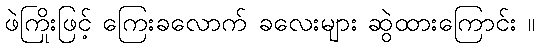
ဖဲကြိုးဖြင့် ကြေးခလောက် ခလေးများ ဆွဲထားကြောင်း ။